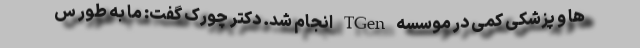
ها و پزشکی کمی در موسسه TGen انجام شد. دکتر چورک گفت: ما به طور س